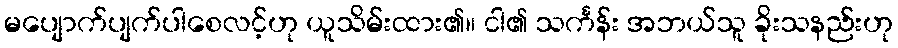
မပျောက်ပျက်ပါစေလင့်ဟု ယူသိမ်းထား၏။ ငါ၏ သင်္ကန်း အဘယ်သူ ခိုးသနည်းဟု